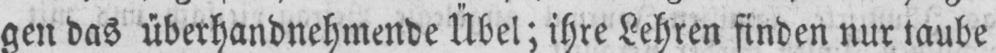
gen das überhandnehmende Übel; ihre Lehren finden nur taube